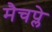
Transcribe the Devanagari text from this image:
मैचप्ले